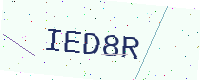
Text: IED8R